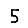
Digit: 5